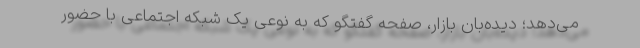
می‌دهد؛ دیده‌بان بازار، صفحه گفتگو که به نوعی یک شبکه اجتماعی با حضور